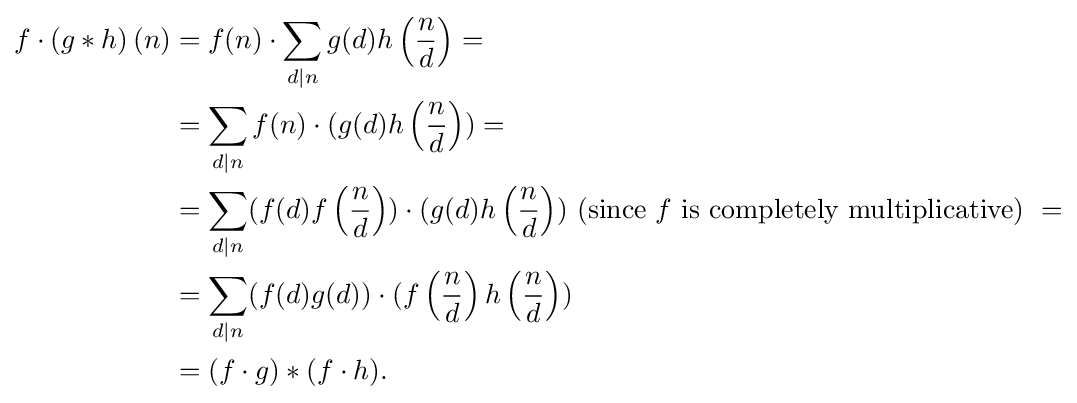
{\begin{aligned}f\cdot \left(g*h\right)(n)&=f(n)\cdot \sum _{d|n}g(d)h\left({\frac {n}{d}}\right)=\\&=\sum _{d|n}f(n)\cdot (g(d)h\left({\frac {n}{d}}\right))=\\&=\sum _{d|n}(f(d)f\left({\frac {n}{d}}\right))\cdot (g(d)h\left({\frac {n}{d}}\right)){\text{ (since }}f{\text{ is completely multiplicative) }}=\\&=\sum _{d|n}(f(d)g(d))\cdot (f\left({\frac {n}{d}}\right)h\left({\frac {n}{d}}\right))\\&=(f\cdot g)*(f\cdot h).\end{aligned}}